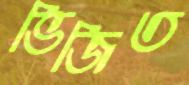
ভিজিত